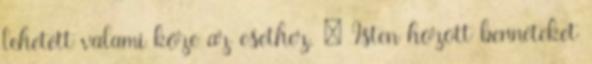
lehetett valami köze az esethez. – Isten hozott benneteket